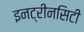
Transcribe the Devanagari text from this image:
इनट्रीनसिटी